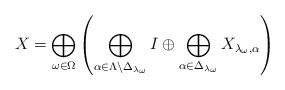
LaTeX: \begin{align*}X=\bigoplus_{\omega \in \Omega}\left(\bigoplus_{\alpha\in \Lambda \setminus \Delta_{\lambda_\omega}}I\oplus \bigoplus_{\alpha \in \Delta_{\lambda_\omega}} X_{\lambda_\omega,\alpha}\right)\end{align*}